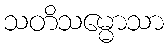
သတိသမ္မောသာ